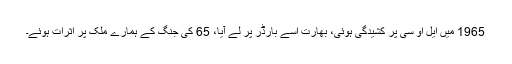
1965 میں ایل او سی پر کشیدگی ہوئی، بھارت اسے بارڈر پر لے آیا، 65 کی جنگ کے ہمارے ملک پر اثرات ہوئے۔